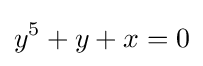
y^{5}+y+x=0